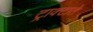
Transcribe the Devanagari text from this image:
ट्राक्टाते